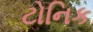
ટોનિક